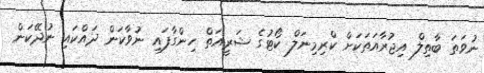
ނުވަތަ ބާތިލް އިޖުރާއަތަކަށް ކްރިމިނަލް ކޯޓުގެ ޝަރީއަތް ހިންގާފައި ނުވާކަން ދައްކައި ނުދޭކަން